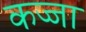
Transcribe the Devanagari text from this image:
कज्जा